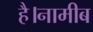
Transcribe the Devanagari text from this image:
है।नामीब